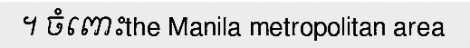
។ ចំពោះthe Manila metropolitan area